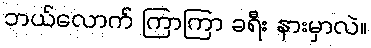
ဘယ်လောက် ကြာကြာ ခရီး နားမှာလဲ။